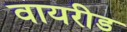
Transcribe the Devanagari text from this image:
वायरीड